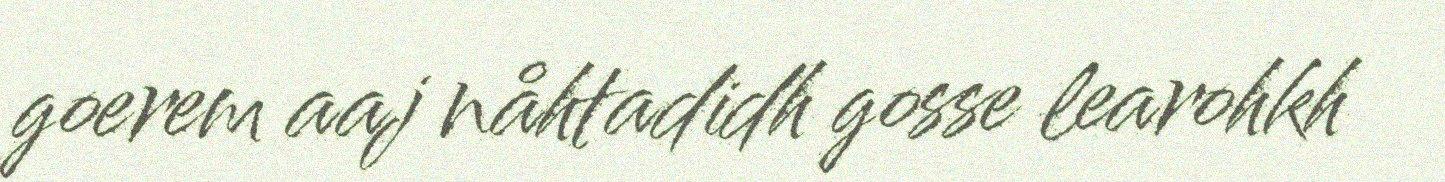
goerem aaj nåhtadidh gosse learohkh